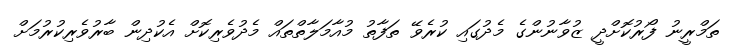
ތަމްރީނު ފޯރުކޮށްދީ ޒުވާނުންގެ މެދުގައި ކުރެވޭ ތަފާތު މުއާމަލާތްތައް މެދުވެރިކޮށް އެކުދިން ބާރުވެރިކުރުމަށް